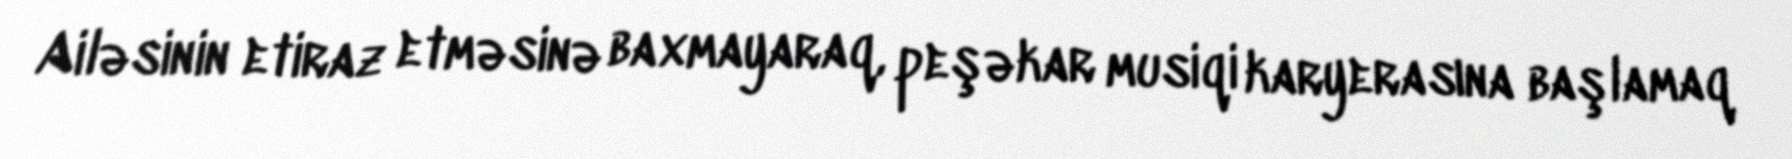
Ailəsinin etiraz etməsinə baxmayaraq, peşəkar musiqi karyerasına başlamaq